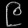
Digit: ၉